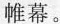
帷幕。